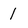
Character: 1